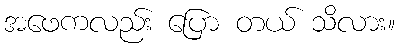
အဖေကလည်း ပြော တယ် သိလား။